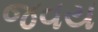
જવય